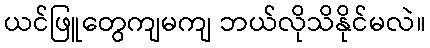
ယင်ဖြူတွေကျမကျ ဘယ်လိုသိနိုင်မလဲ။